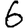
Digit: 6